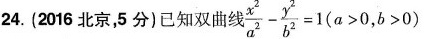
24.(2016北京，5分)已知双曲 $$\frac { x ^ { 2 } } { a ^ { 2 } } - \frac { y ^ { 2 } } { b ^ { 2 } } = 1 ( a > 0 , b > 0 )$$